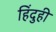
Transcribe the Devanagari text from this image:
हिंदुही